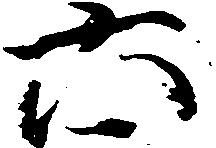
六